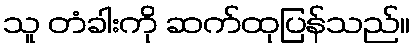
သူ တံခါးကို ဆက်ထုပြန်သည်။